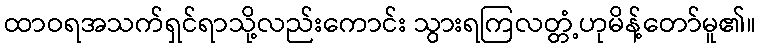
ထာဝရအသက်ရှင်ရာသို့လည်းကောင်း သွားရကြလတ္တံ့ဟုမိန့်တော်မူ၏။